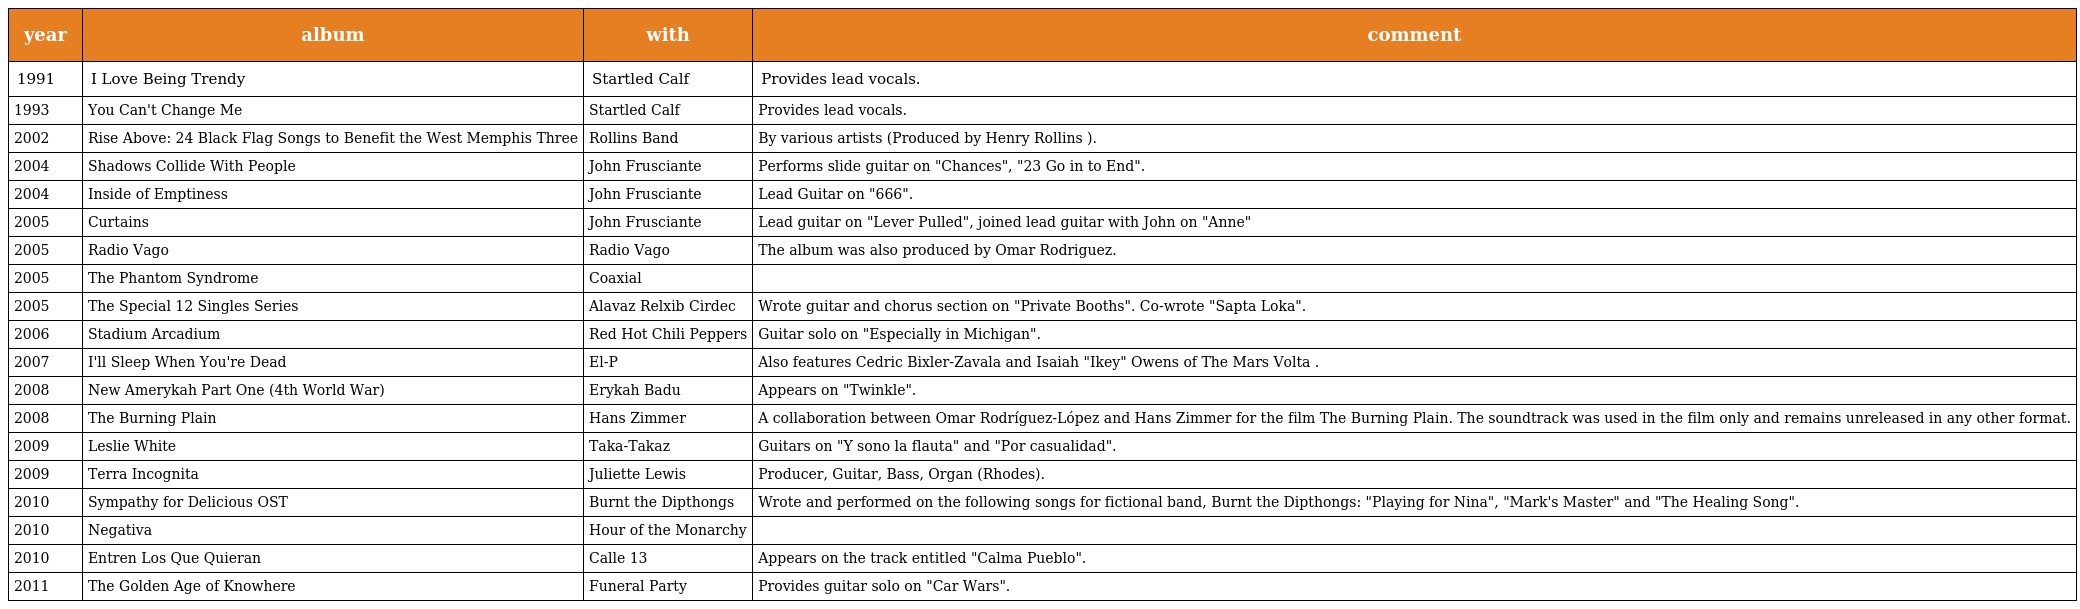
| year | album | with | comment |
 | --- | --- | --- | --- |
 | 1991 | I Love Being Trendy | Startled Calf | Provides lead vocals. |
 | 1993 | You Can't Change Me | Startled Calf | Provides lead vocals. |
 | 2002 | Rise Above: 24 Black Flag Songs to Benefit the West Memphis Three | Rollins Band | By various artists (Produced by Henry Rollins ). |
 | 2004 | Shadows Collide With People | John Frusciante | Performs slide guitar on "Chances", "23 Go in to End". |
 | 2004 | Inside of Emptiness | John Frusciante | Lead Guitar on "666". |
 | 2005 | Curtains | John Frusciante | Lead guitar on "Lever Pulled", joined lead guitar with John on "Anne" |
 | 2005 | Radio Vago | Radio Vago | The album was also produced by Omar Rodriguez. |
 | 2005 | The Phantom Syndrome | Coaxial |  |
 | 2005 | The Special 12 Singles Series | Alavaz Relxib Cirdec | Wrote guitar and chorus section on "Private Booths". Co-wrote "Sapta Loka". |
 | 2006 | Stadium Arcadium | Red Hot Chili Peppers | Guitar solo on "Especially in Michigan". |
 | 2007 | I'll Sleep When You're Dead | El-P | Also features Cedric Bixler-Zavala and Isaiah "Ikey" Owens of The Mars Volta . |
 | 2008 | New Amerykah Part One (4th World War) | Erykah Badu | Appears on "Twinkle". |
 | 2008 | The Burning Plain | Hans Zimmer | A collaboration between Omar Rodríguez-López and Hans Zimmer for the film The Burning Plain. The soundtrack was used in the film only and remains unreleased in any other format. |
 | 2009 | Leslie White | Taka-Takaz | Guitars on "Y sono la flauta" and "Por casualidad". |
 | 2009 | Terra Incognita | Juliette Lewis | Producer, Guitar, Bass, Organ (Rhodes). |
 | 2010 | Sympathy for Delicious OST | Burnt the Dipthongs | Wrote and performed on the following songs for fictional band, Burnt the Dipthongs: "Playing for Nina", "Mark's Master" and "The Healing Song". |
 | 2010 | Negativa | Hour of the Monarchy |  |
 | 2010 | Entren Los Que Quieran | Calle 13 | Appears on the track entitled "Calma Pueblo". |
 | 2011 | The Golden Age of Knowhere | Funeral Party | Provides guitar solo on "Car Wars". |